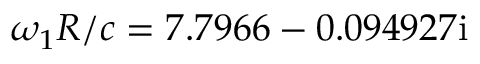
\omega _ { 1 } R / c = 7 . 7 9 6 6 - 0 . 0 9 4 9 2 7 \mathrm { i }